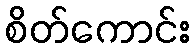
စိတ်ကောင်း